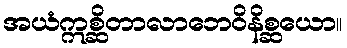
အယံဣစ္ဆိတာလာဘေဝိနိစ္ဆယော။